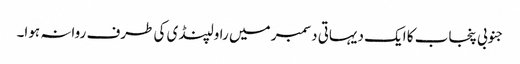
جنوبی پنجاب کا ایک دیہاتی دسمبر میں راولپنڈی کی طرف روانہ ہوا۔